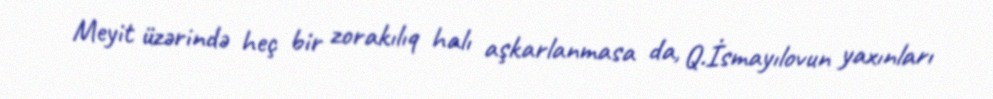
Meyit üzərində heç bir zorakılıq halı aşkarlanmasa da, Q.İsmayılovun yaxınları